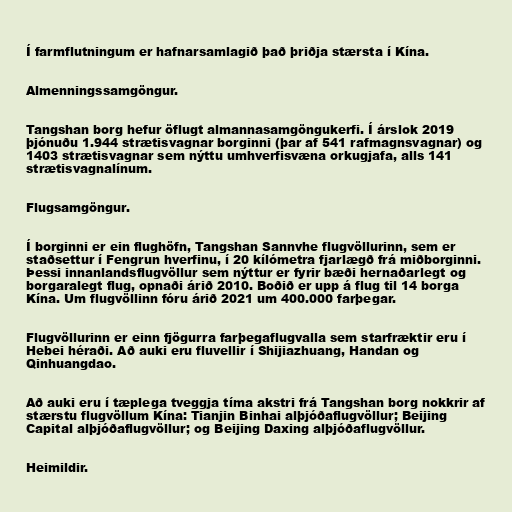
Í farmflutningum er hafnarsamlagið það þriðja stærsta í Kína.

Almenningssamgöngur.

Tangshan borg hefur öflugt almannasamgöngukerfi. Í árslok 2019
þjónuðu 1.944 strætisvagnar borginni (þar af 541 rafmagnsvagnar) og
1403 strætisvagnar sem nýttu umhverfisvæna orkugjafa, alls 141
strætisvagnalínum.

Flugsamgöngur.

Í borginni er ein flughöfn, Tangshan Sannvhe flugvöllurinn, sem er
staðsettur í Fengrun hverfinu, í 20 kílómetra fjarlægð frá miðborginni.
Þessi innanlandsflugvöllur sem nýttur er fyrir bæði hernaðarlegt og
borgaralegt flug, opnaði árið 2010. Boðið er upp á flug til 14 borga
Kína. Um flugvöllinn fóru árið 2021 um 400.000 farþegar.

Flugvöllurinn er einn fjögurra farþegaflugvalla sem starfræktir eru í
Hebei héraði. Að auki eru fluvellir í Shijiazhuang, Handan og
Qinhuangdao.

Að auki eru í tæplega tveggja tíma akstri frá Tangshan borg nokkrir af
stærstu flugvöllum Kína: Tianjin Binhai alþjóðaflugvöllur; Beijing
Capital alþjóðaflugvöllur; og Beijing Daxing alþjóðaflugvöllur.

Heimildir.